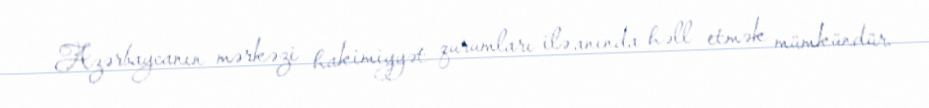
Azərbaycanın mərkəzi hakimiyyət qurumları ilə anında həll etmək mümkündür.